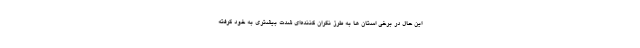
این حال در برخی استان ها به طرز نگران کننده‌ای شدت بیشتری به خود گرفته